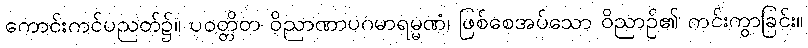
ကောင်းကင်ပညတ်၌။ ပဝတ္တိတ ဝိညာဏာပဂမာရမ္မဏံ၊ ဖြစ်စေအပ်သော ဝိညာဉ်၏ ကင်းကွာခြင်း။